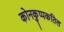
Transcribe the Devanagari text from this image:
कोनकुप्पकतिल